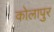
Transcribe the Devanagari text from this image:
कोलापुर